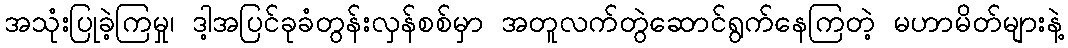
အသုံးပြုခဲ့ကြမှု၊ ဒါ့အပြင်ခုခံတွန်းလှန်စစ်မှာ အတူလက်တွဲဆောင်ရွက်နေကြတဲ့ မဟာမိတ်များနဲ့